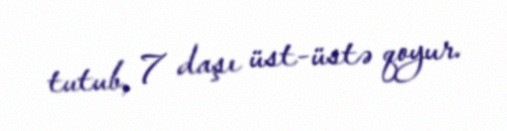
tutub, 7 daşı üst-üstə qoyur.